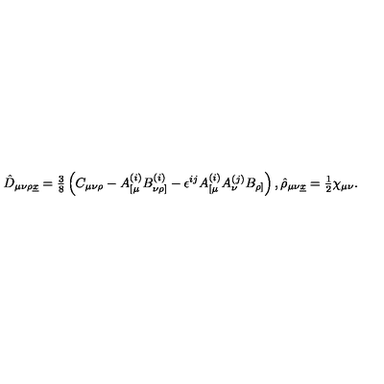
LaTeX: \hat { D } _ { \mu \nu \rho \underline { { x } } } = { \textstyle \frac { 3 } { 8 } } \left( C _ { \mu \nu \rho } - A _ { [ \mu } ^ { ( i ) } B _ { \nu \rho ] } ^ { ( i ) } - \epsilon ^ { i j } A _ { [ \mu } ^ { ( i ) } A _ { \nu } ^ { ( j ) } B _ { \rho ] } \right) , \hat { \rho } _ { \mu \nu \underline { { x } } } = { \textstyle \frac { 1 } { 2 } } \chi _ { \mu \nu } .